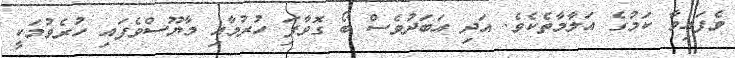
ވެފައިވާ ކަމުގެ އަލާމާތެކެވެ. އަދި އަބަދުވެސް ބޯ ގޮވާފަި ހުރުމާއި މާޔޫސްވެފައި ހުރެވުމަކީ